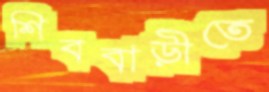
শিববাড়ীতে